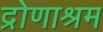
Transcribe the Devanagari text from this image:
द्रोणाश्रम